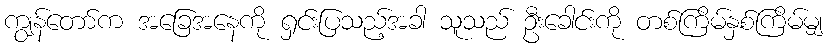
ကျွန်တော်က အခြေအနေကို ရှင်းပြသည့်အခါ သူသည် ဦးခေါင်းကို တစ်ကြိမ်နှစ်ကြိမ်မျှ